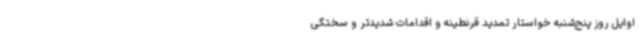
اوایل روز پنج‌شنبه خواستار تمدید قرنطینه و اقدامات شدیدتر و سختگی